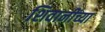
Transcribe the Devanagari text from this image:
शिवानींच्या